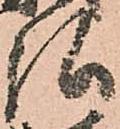
弘